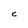
Character: C